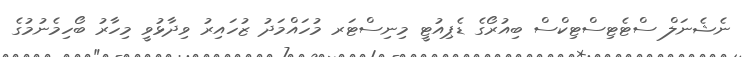
ނެޝެނަލް ސްޓެޓިސްޓިކްސް ބިއުރޯގެ ޑެޕިއުޓީ މިނިސްޓަރ މުހައްމަދު ޒުހައިރު ވިދާޅުވީ މިހާރު ބޯހިމެނުމުގެ